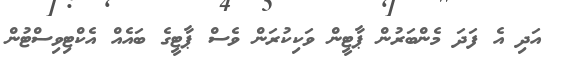
އަދި އެ ފަދަ މެންބަރުން ޕާޓީން ވަކިކުރަން ވެސް ޕާޓީގެ ބައެއް އެކްޓިވިސްޓުން